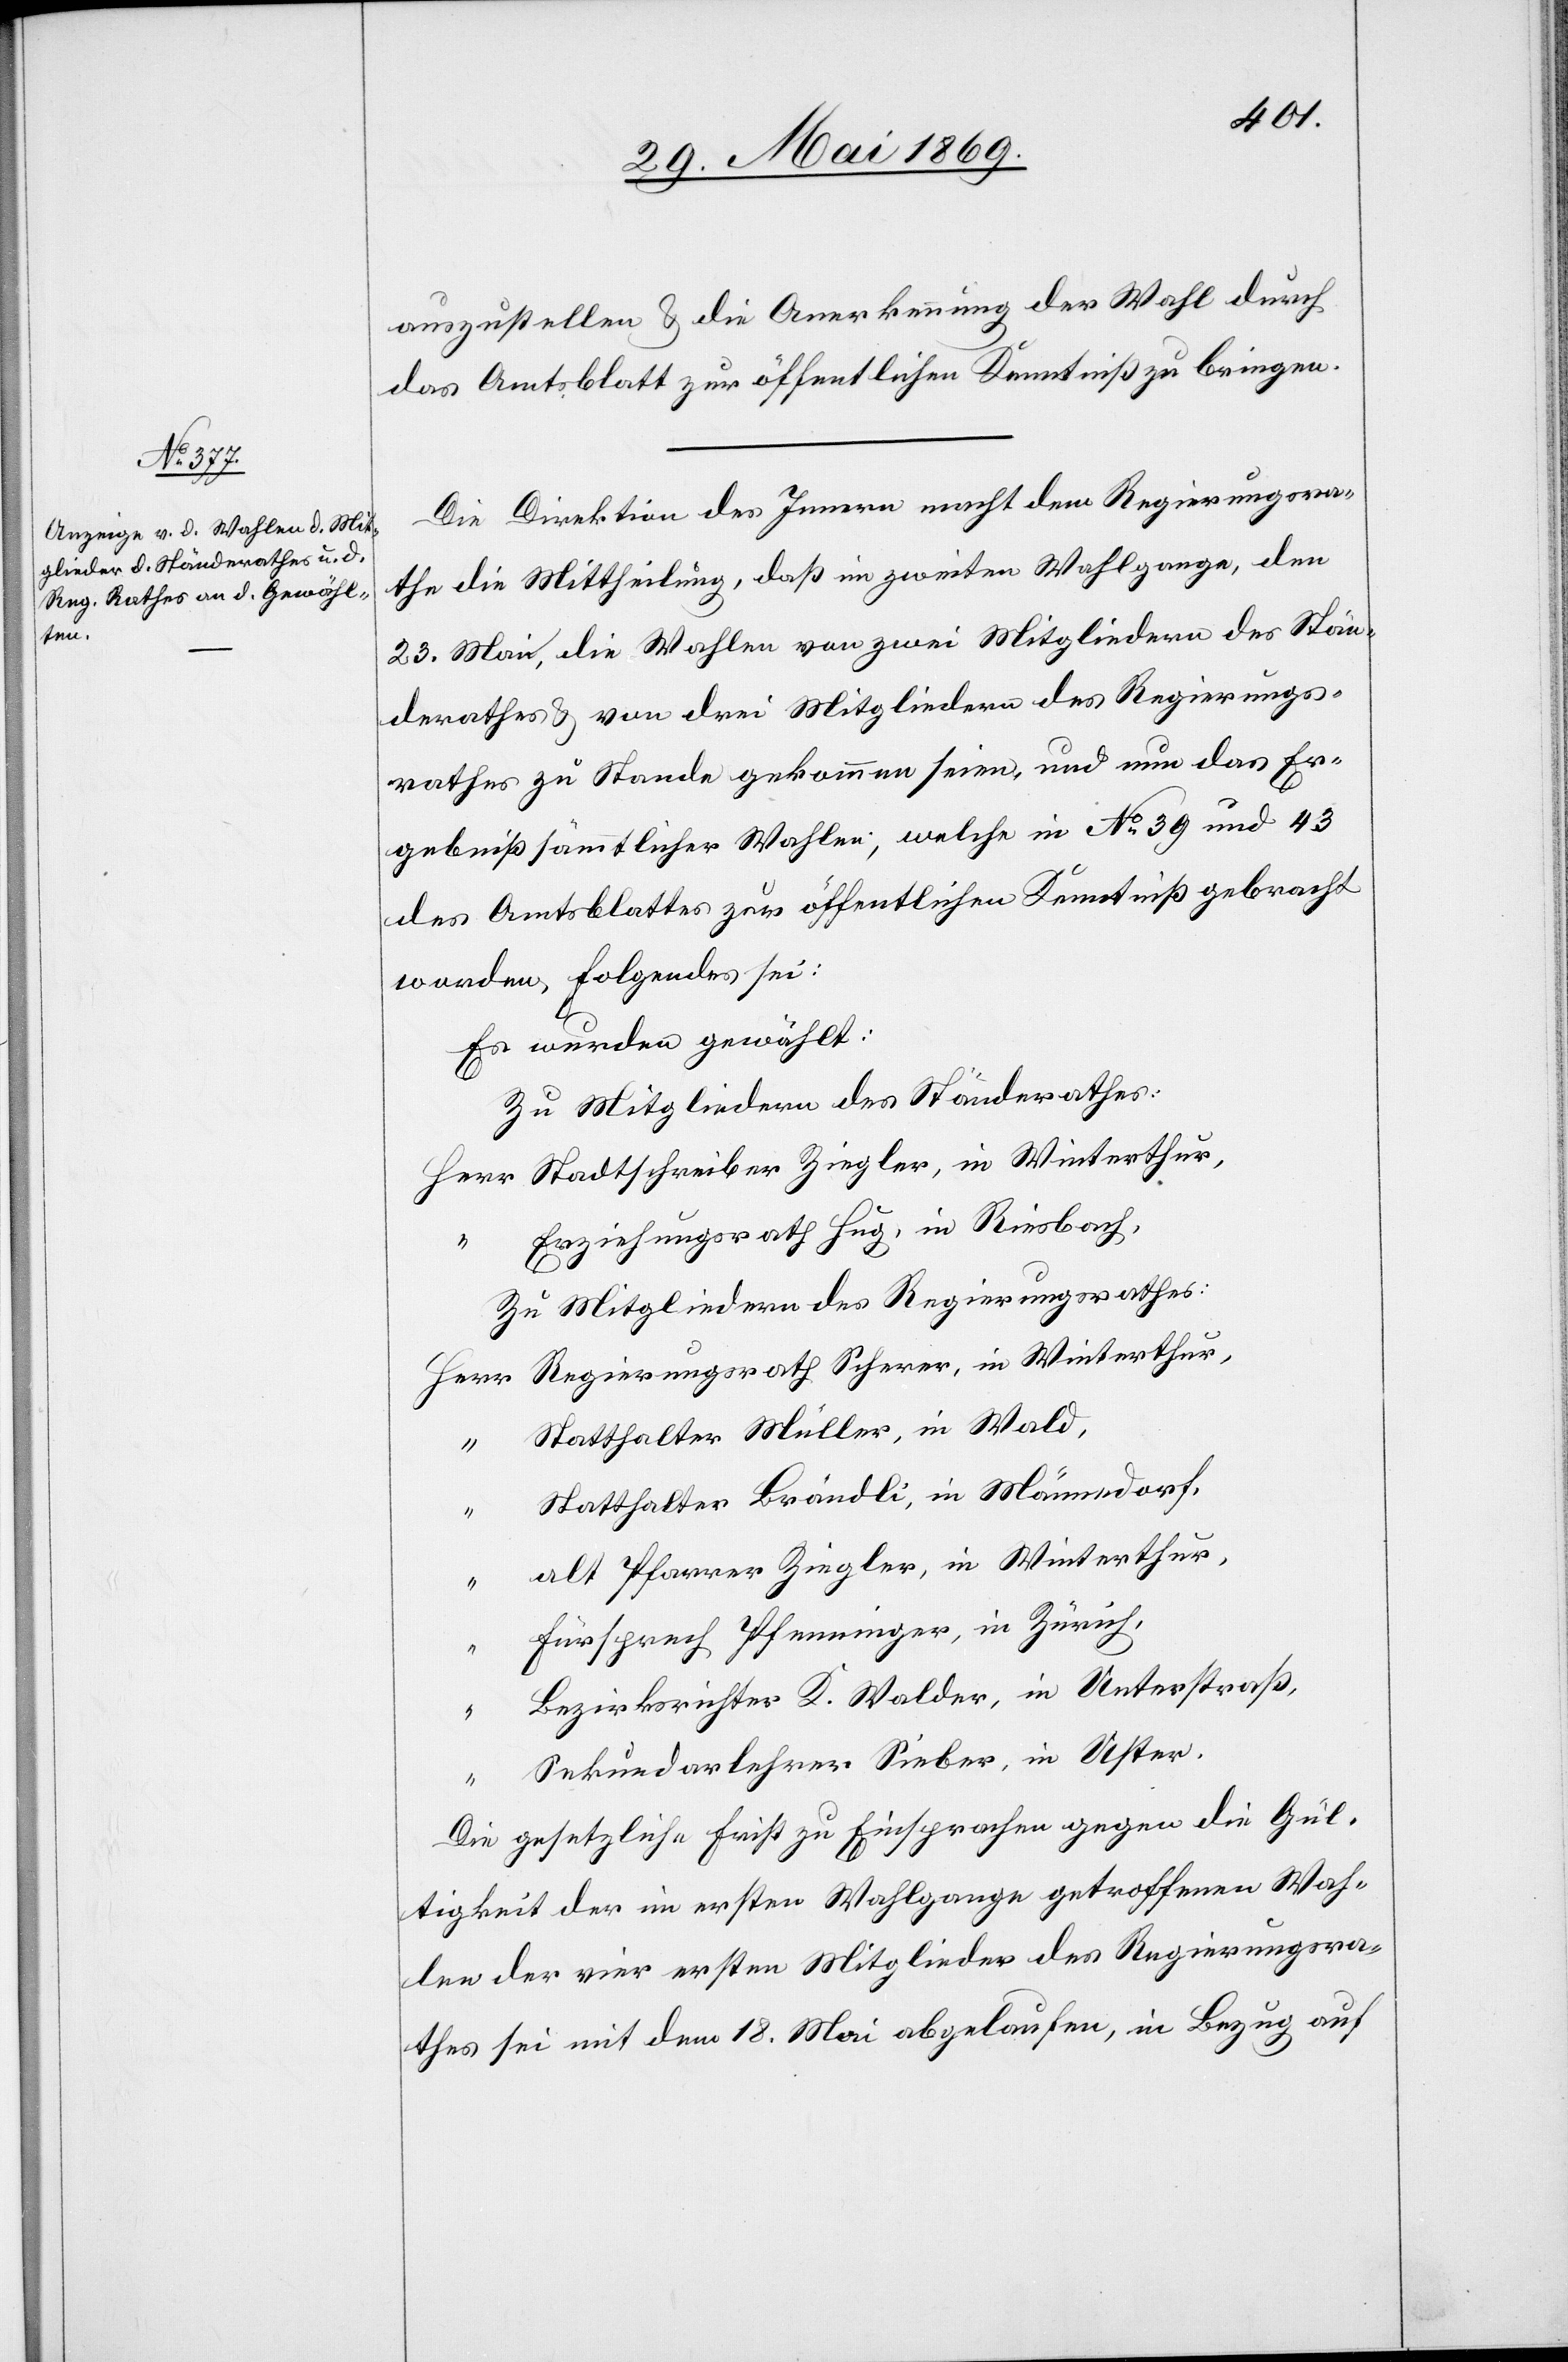
auszustellen u. die Anerkennung der Wahl durch
das Amtsblatt zur öffentlichen Kenntniß zu bringen.
Die Direktion des Innern macht dem Regierungsra¬
the die Mittheilung, daß im zweiten Wahlgange, den
23 Mai, die Wahlen von zwei Mitgliedern des Stän¬
derathes u. von drei Mitgliedern des Regierungs¬
rathes zu Stande gekommen seien, und nun das Er¬
gebniß sämmtlicher Wahlen, welche in N° 39 und 43
des Amtsblattes zur öffentlichen Kenntniß gebracht
worden, Folgendes sei:
Es wurden gewählt:
Zu Mitgliedern des Ständerathes:
Herr Stattschreiber Ziegler, in Winterthur,
Erziehungsrath Hug, in Riesbach,
Zu Mitgliedern des Regierungsrathes:
Herr Regierungsrath Scherer, in Winterthur,
Statthalter Müller, in Wald,
Statthalter Brändli, in Männedorf,
alt Pfarrer Ziegler, in Winterthur,
Fürsprech Pfenninger, in Zürich,
Bezirksrichter K. Walder, in Unterstraß,
Sekundarlehrer Sieber, in Uster.
Die gesetzliche Frist zu Einsprachen gegen die Gül¬
tigkeit der im ersten Wahlgange getroffenen Wah¬
len der vier ersten Mitglieder des Regierungsra¬
thes sei mit dem 18 Mai abgelaufen, in Bezug auf